Vaccination in Burma 1889-1999 - 1889-1999
Year: 1889
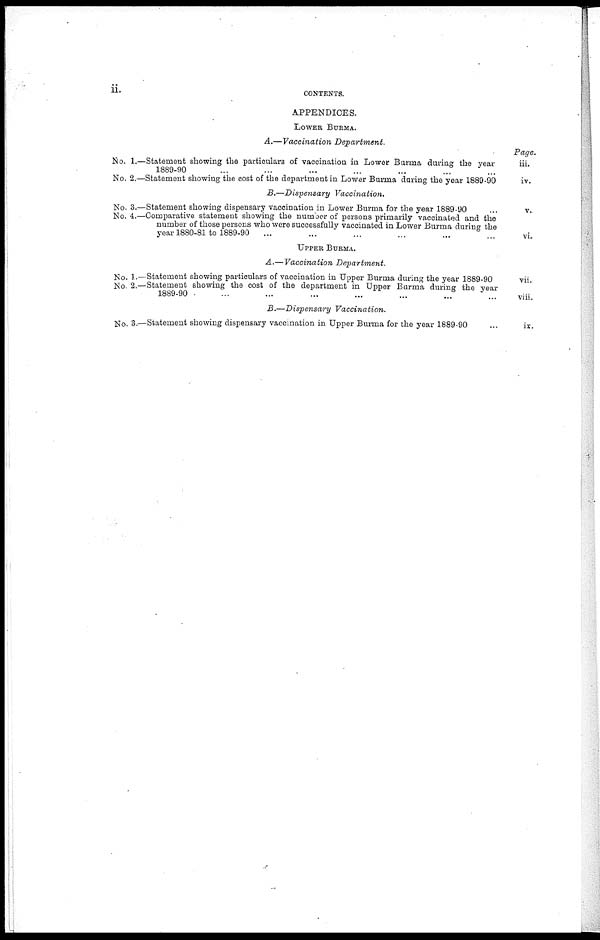
ii.
CONTENTS.
APPENDICES.
LOWER BURMA.
A.—Vaccination
Department.
No. 1.—Statement showing the particulars of vaccination in Lower Burma during the year
1889-90 ... ... ... ... ... ... ...
No. 2.—Statement showing the cost of the department in Lower Burma during the year 1889-90
B.—Dispensary Vaccination.
No. 3.—Statement showing dispensary vaccination in Lower Burma for the year 1889-90 ...
No. 4.—Comparative statement showing the number of persons primarily vaccinated and the
number of those persons who were successfully vaccinated in Lower Burma during the
year 1880-81 to 1889-90
... ... ... ... ... ...
UPPER BURMA.
A.—Vaccination
Department.
No. 1.—Statement showing particulars of vaccination in Upper Burma during the year 1889-90
No. 2.—Statement showing the cost of the department in Upper Burma during the year
1889-90 ... ... ... ... ... ... ...
B.—Dispensary
Vaccination.
No. 3.—Statement showing dispensary vaccination in Upper Burma for the year 1889-90 ...
Page.
iii.
iv.
v.
vi.
vii.
viii.
ix.